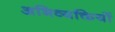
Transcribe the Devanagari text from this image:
अभिव्‍यक्तियों